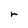
Character: r